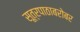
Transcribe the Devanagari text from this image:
सूत्रपाठाबरोबर